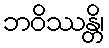
ဘဝိဿန္တိ၊